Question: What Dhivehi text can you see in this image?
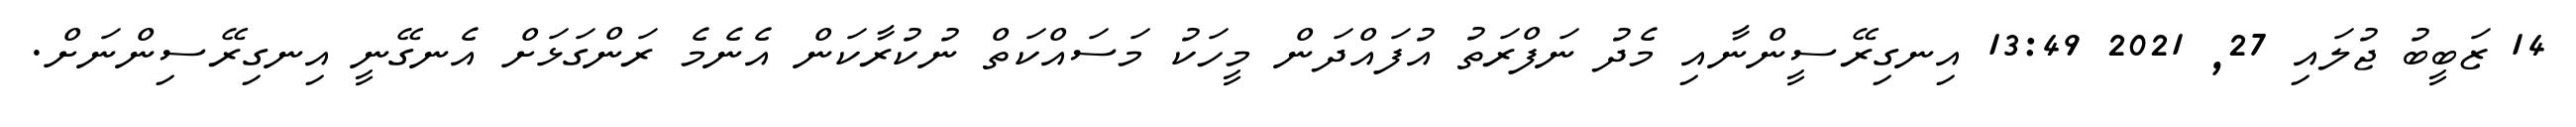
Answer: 14 ޒަބީބު ޖުލައި 27, 2021 13:49 އިނގިރޭސީންނާއި މެދު ނަފްރަތު އުފައްދަން މީހަކު މަސައްކަތް ނުކުރާކަން އެނެމެ ރަންގަޅަށް އެނގޭނީ އިނގިރޭސިންނަށް.